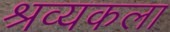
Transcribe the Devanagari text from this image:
श्रव्यकला